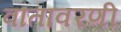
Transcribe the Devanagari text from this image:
वातावरणी